Investigations on Bengal jail dietaries - Number 37
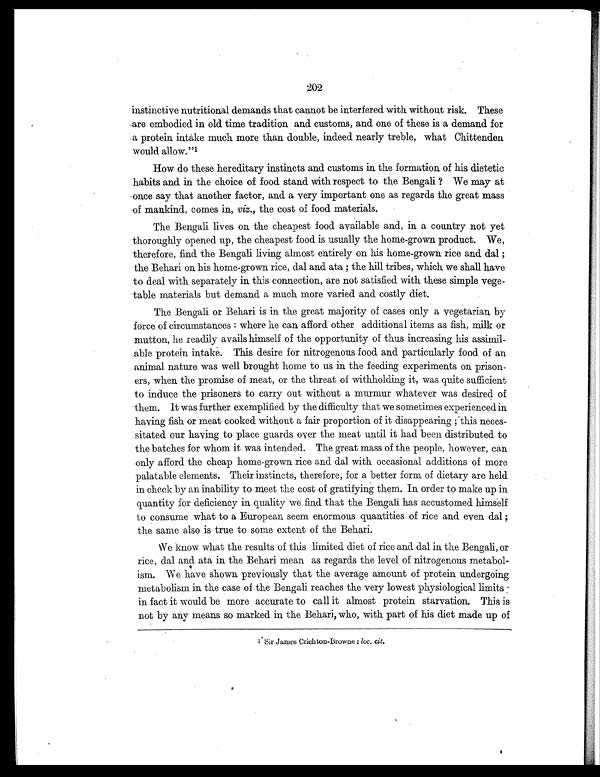
202
instinctive nutritional demands that cannot be interfered with without risk. These
are embodied, in old time tradition and customs, and one of these is a demand for
a protein intake much more than double, indeed nearly treble, what Chittenden
would allow."1
How do these hereditary instincts and customs in the formation of his dietetic
habits and in the choice of food stand with respect to the Bengali ? We may at
once say that another factor, and a very important one as regards the great mass
of mankind, comes in, viz., the cost of food materials.
The Bengali lives on. the cheapest food available and, in a country not yet
thoroughly opened up, the cheapest food is usually the home-grown product. We,
therefore, find the Bengali living almost entirely on his home-grown rice and dal ;
the Behari on his home-grown rice, dal and ata ; the hill tribes, which we shall have
to deal with separately in this connection, are not satisfied with these simple vege-
table materials but demand a much more varied and costly diet.
The Bengali or Behari is in the great majority of cases only a vegetarian by
force of circumstances : where he can afford other additional items as fish, milk or
mutton, he readily avails himself of the opportunity of thus increasing his assimil-
able protein intake. This desire for nitrogenous food. and particularly food of an
animal nature was well brought home to us in the feeding experiments on prison-
ers, when the promise of meat, or the threat of withholding it, was quite sufficient
to induce the prisoners to carry out without a murmur whatever was desired of
them. It was further exemplified by the difficulty that we sometimes experienced in
having fish or meat cooked without a fair proportion of it disappearing ; this neces-
sitated our having to place guards over the meat until it had been distributed to
the batches for whom it was intended. The great mass of the people, however, can
only afford the cheap home-grown rice and dal with occasional additions of more
palatable elements. Their instincts, therefore, for a better form of dietary are held
in check by an inability to meet the cost of gratifying them. In order to make up in
quantity for deficiency in quality we find that the Bengali has accustomed himself
to consume what to a European seem enormous quantities of rice and even dal ;
the same also is true to some extent of the Behari.
We know what the results of this limited diet of rice and dal in the Bengali, or
rice, dal and ata in the Behari mean as regards the level of nitrogenous metabol-
ism. We have shown previously that the average amount of protein undergoing
metabolism in the case of the Bengali reaches the very lowest physiological limits
in fact it would be more accurate to call it almost protein starvation. This is
not by any means so marked in the Behari, who, with part of his diet made up of
1 Sir James Crichton-Browne: loc. cit.